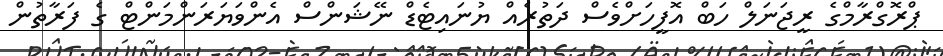
ޕްރޮގްރާމްގެ ރީޖަނަލް ހަބް އޮފީހަށްވެސް ދަތުރެއް ޔުނައިޓެޑް ނޭޝަންސް އެންވަޔަރަންމަންޓް ގެ ފަރާތުން